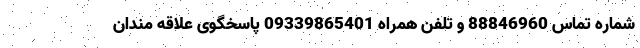
شماره تماس 88846960 و تلفن همراه 09339865401 پاسخگوی علاقه مندان